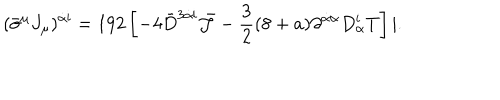
LaTeX: ( { \bar { \sigma } } ^ { \mu } J _ { \mu } ) ^ { \dot { \alpha } { \mathbf i } } = 1 9 2 \left[ - 4 { \bar { D } } ^ { 3 \dot { \alpha } { \mathbf i } } { \bar { \cal J } } - \frac { 3 } { 2 } ( 8 + a ) \partial ^ { \dot { \alpha } \alpha } D _ { \alpha } ^ { \mathbf i } T \right] | .